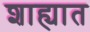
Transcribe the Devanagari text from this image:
शाह्यात